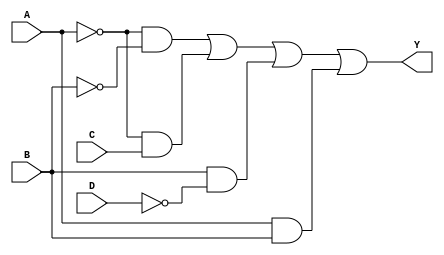
module kmap_4var (
    input wire A,  // Input A
    input wire B,  // Input B
    input wire C,  // Input C
    input wire D,  // Input D
    output wire Y  // Output Y
);

// K-map simplification based on the specific minterms
// Assuming the K-map has been filled and the simplified expression is derived
// For example, let's say the simplified expression is:
// Y = A'B' + A'C + B'D + AB

assign Y = (~A & ~B) | (~A & C) | (B & ~D) | (A & B);

endmodule